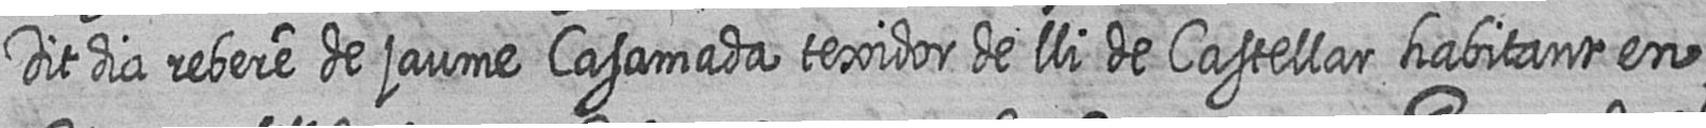
Dit dia rebere de jaume Casamada texidor de lli de Castellar habitant en